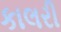
કાલરી